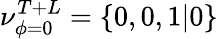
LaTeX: \nu_{\phi=0}^{T+L}=\{ 0,0,1|0\}